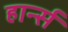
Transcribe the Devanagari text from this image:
हार्न्स